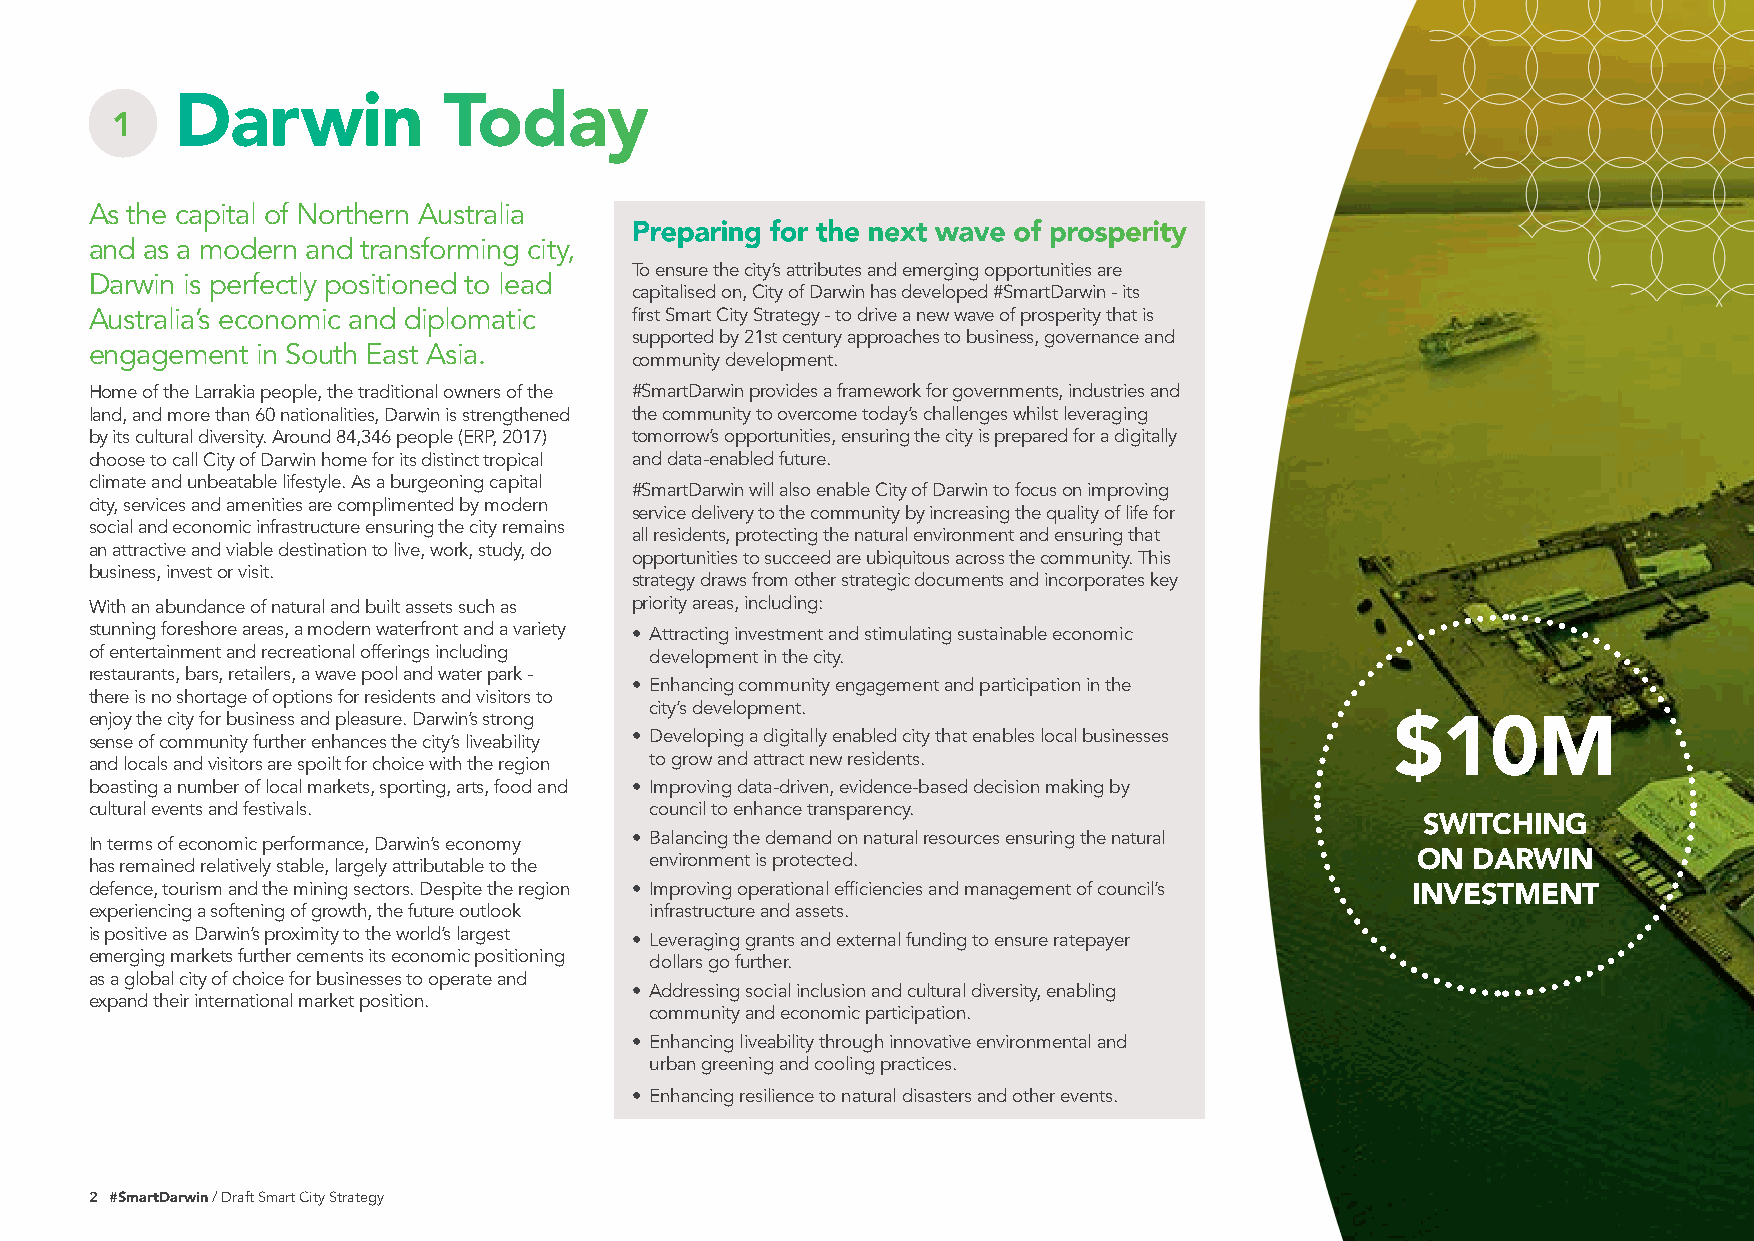
Darwin           Today
 1
 As the capital of Northern Australia
 Preparing for the next wave of prosperity
 and as a modern and transforming city,
 To ensure the city’s attributes and emerging opportunities are
 Darwin is perfectly positioned to lead
 capitalised on, City of Darwin has developed #SmartDarwin - its
 Australia’s economic and diplomatic first Smart City Strategy - to drive a new wave of prosperity that is
 supported by 21st century approaches to business, governance and
 engagement in South East Asia.
 community development.
 Home of the Larrakia people, the traditional owners of the #SmartDarwin provides a framework for governments, industries and
 land, and more than 60 nationalities, Darwin is strengthened the community to overcome today’s challenges whilst leveraging
 by its cultural diversity. Around 84,346 people (ERP, 2017) tomorrow’s opportunities, ensuring the city is prepared for a digitally
 choose to call City of Darwin home for its distinct tropical and data-enabled future.
 climate and unbeatable lifestyle. As a burgeoning capital
 #SmartDarwin will also enable City of Darwin to focus on improving
 city, services and amenities are complimented by modern
 service delivery to the community by increasing the quality of life for
 social and economic infrastructure ensuring the city remains
 all residents, protecting the natural environment and ensuring that
 an attractive and viable destination to live, work, study, do
 opportunities to succeed are ubiquitous across the community. This
 business, invest or visit.
 strategy draws from other strategic documents and incorporates key
 With an abundance of natural and built assets such as priority areas, including:
 stunning foreshore areas, a modern waterfront and a variety • Attracting investment and stimulating sustainable economic
 of entertainment and recreational offerings including development in the city.
 restaurants, bars, retailers, a wave pool and water park -
 • Enhancing community engagement and participation in the
 there is no shortage of options for residents and visitors to
 city’s development.
 enjoy the city for business and pleasure. Darwin’s strong                             $10M
 sense of community further enhances the city’s liveability • Developing a digitally enabled city that enables local businesses
 and locals and visitors are spoilt for choice with the region to grow and attract new residents.
 boasting a number of local markets, sporting, arts, food and • Improving data-driven, evidence-based decision making by
 cultural events and festivals.       council to enhance transparency.
 SWITCHING
 In terms of economic performance, Darwin’s economy • Balancing the demand on natural resources ensuring the natural
 ON DARWIN
 has remained relatively stable, largely attributable to the environment is protected.
 defence, tourism and the mining sectors. Despite the region • Improving operational efficiencies and management of council’s INVESTMENT
 experiencing a softening of growth, the future outlook infrastructure and assets.
 is positive as Darwin’s proximity to the world’s largest • Leveraging grants and external funding to ensure ratepayer
 emerging markets further cements its economic positioning dollars go further.
 as a global city of choice for businesses to operate and
 • Addressing social inclusion and cultural diversity, enabling
 expand their international market position.
 community and economic participation.
 • Enhancing liveability through innovative environmental and
 urban greening and cooling practices.
 • Enhancing resilience to natural disasters and other events.
 2 #SmartDarwin / Draft Smart City Strategy